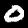
Digit: 0